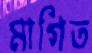
মাগিত